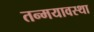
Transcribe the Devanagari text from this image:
तन्मयावस्था